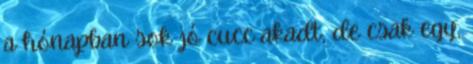
a hónapban sok jó cucc akadt, de csak egy,